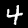
Digit: 4